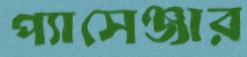
প্যাসেঞ্জার